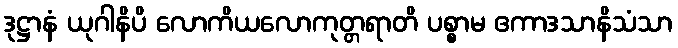
ဒုဋ္ဌာနံ ယုဂါနိပိ လောကိယလောကုတ္တရာတိ ပစ္စာမ ဧကာဒသာနိသံသာ